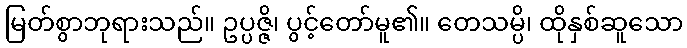
မြတ်စွာဘုရားသည်။ ဥပ္ပဇ္ဇိ၊ ပွင့်တော်မူ၏။ တေသမ္ပိ၊ ထိုနှစ်ဆူသော